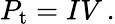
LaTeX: P_{\mathrm{{t}}}=IV\, .